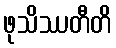
ဖုသိဿတီတိ